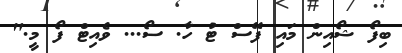
ބިފޯ ޝޯއިން މައި ފޭސް ޓު ހާ. ސޯ... ވެއިޓް ފޯ މީ."